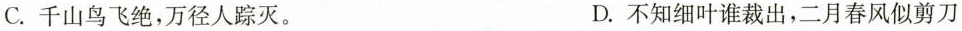
C. 千山鸟飞绝，万径人踪灭。 D. 不知细叶谁裁出，二月春风似剪刀